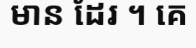
មាន ដែរ ។ គេ